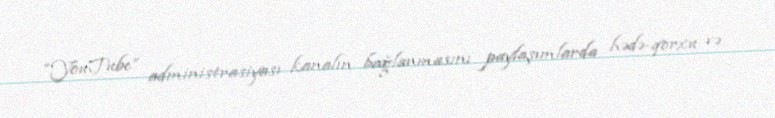
“YouTube” administrasiyası kanalın bağlanmasını paylaşımlarda hədə-qorxu və